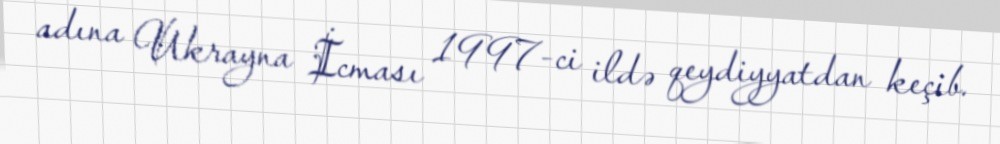
adına Ukrayna İcması 1997-ci ildə qeydiyyatdan keçib.